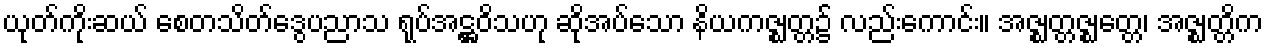
ယုတ်ကိုးဆယ် စေတသိတ်ဒွေပညာသ ရုပ်အဋ္ဌဝိသဟု ဆိုအပ်သော နိယကဇ္ဈတ္တ၌ လည်းကောင်း။ အဇ္ဈတ္တဇ္ဈတ္တေ၊ အဇ္ဈတ္တိက